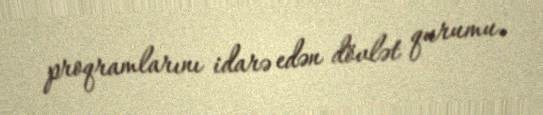
proqramlarını idarə edən dövlət qurumu.